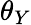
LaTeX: \theta_{Y}